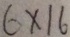
6 \times 1 6